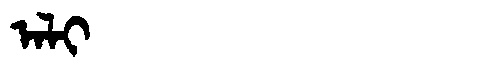
Manchu: ᠠᠯᡳ
Romanization: ALI